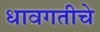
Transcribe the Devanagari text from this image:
धावगतीचे